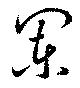
闌